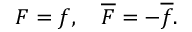
F = f , \quad \overline { { F } } = - \overline { { f } } .